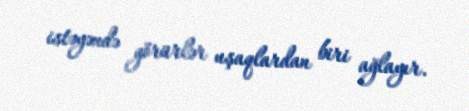
istəyəndə görürlər uşaqlardan biri ağlayır.